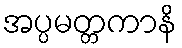
အပ္ပမတ္တကာနိ